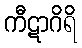
ကီဋာဂိရိ